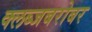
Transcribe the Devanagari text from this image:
क्लब्जबरोबर